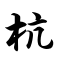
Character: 杭